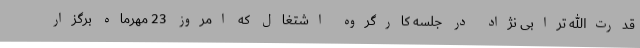
قدرت‌الله ترابی نژاد در جلسه کارگروه اشتغال که امروز 23 مهرماه برگزار